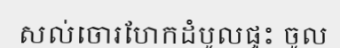
សល់ចោរហែកដំបូលផ្ទះ ចូល